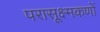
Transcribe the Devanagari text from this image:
परासूक्ष्मकणों